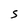
Character: S